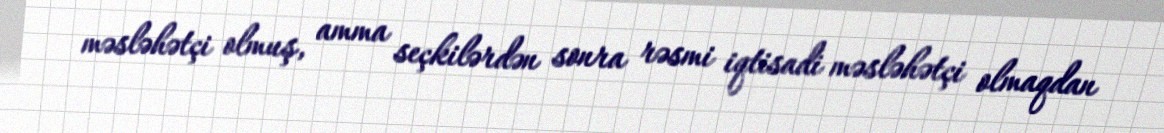
məsləhətçi olmuş, amma seçkilərdən sonra rəsmi iqtisadi məsləhətçi olmaqdan